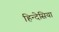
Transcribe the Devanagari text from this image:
हिन्देसिया